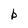
Character: b